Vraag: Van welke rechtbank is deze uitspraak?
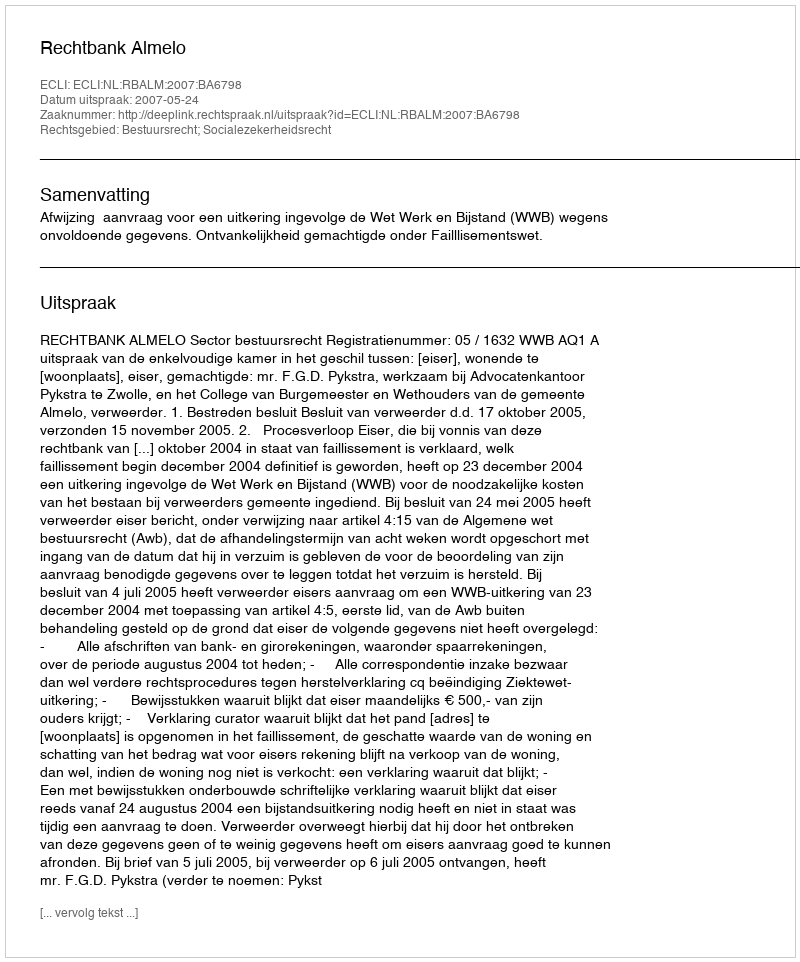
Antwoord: Rechtbank Almelo